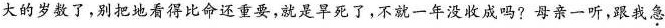
大的岁数了，别把地看得比命还重要，就是旱死了，不就一年没收成吗?母亲一听，跟我急